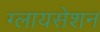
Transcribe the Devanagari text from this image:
ग्लायसेशन